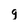
Character: g